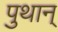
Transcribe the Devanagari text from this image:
पुथान्